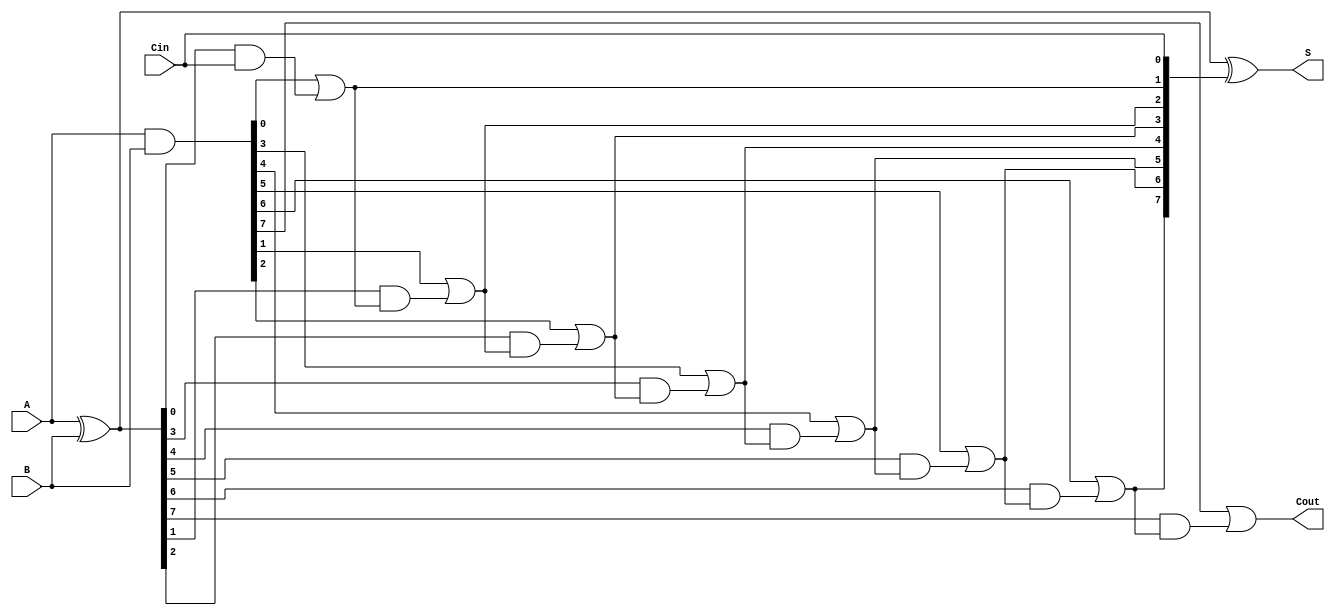
module parallel_prefix_carry_select_adder #(parameter n = 8) (
    input [n-1:0] A,   // First n-bit input
    input [n-1:0] B,   // Second n-bit input
    input Cin,         // Carry-in
    output [n-1:0] S,  // n-bit sum output
    output Cout        // Carry-out
);
    
    // Internal wires for propagate and generate signals
    wire [n-1:0] P;  // Propagate
    wire [n-1:0] G;  // Generate
    wire [n:0] C;    // Carry bits, C[0] = Cin, C[n] = Cout
    
    // Generate and propagate signals
    assign P = A ^ B; // Propagate: P[i] = A[i] XOR B[i]
    assign G = A & B; // Generate: G[i] = A[i] AND B[i]
    
    // Carry generation using prefix tree (simple version)
    // C[i+1] = G[i] | (P[i] & C[i])
    assign C[0] = Cin;
    
    genvar i;
    generate
        for (i = 0; i < n; i = i + 1) begin : carry_gen
            if (i == 0) begin
                assign C[i + 1] = G[i] | (P[i] & C[i]);
            end else begin
                assign C[i + 1] = G[i] | (P[i] & C[i]);
            end
        end
    endgenerate
    
    // Sum calculation
    assign S = P ^ C[n-1:0]; // S[i] = P[i] XOR C[i]

    // Final carry-out
    assign Cout = C[n];

endmodule